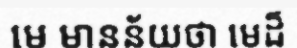
មេ មានន័យថា មេដ៏